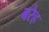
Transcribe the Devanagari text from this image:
बरेह